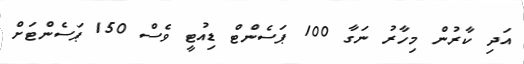
އަދި ކާރުން މިހާރު ނަގާ 100 ޕަސެންޓް ޑިއުޓީ ވެސް 150 ޕަސެންޓަށް